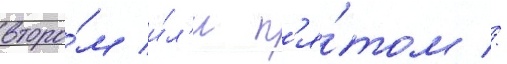
второ́м и́л'и п'я́том //